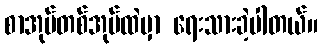
စာအုပ်တစ်အုပ်ထဲမှာ ရေးသားခဲ့ပါတယ်။